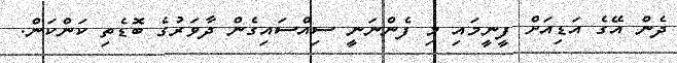
ދެން އޭގެ އަޑިއަށް ފީނީމައި މި ފެންނަނީ ސިއްސައިގެން ދާވަރުގެ ބޮޑެތި ކަންކަން.